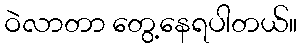
ဝဲလာတာ တွေ့နေရပါတယ်။